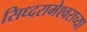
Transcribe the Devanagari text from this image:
सिध्दरामेश्वराच्या